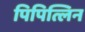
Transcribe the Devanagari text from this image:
पिपित्लिन